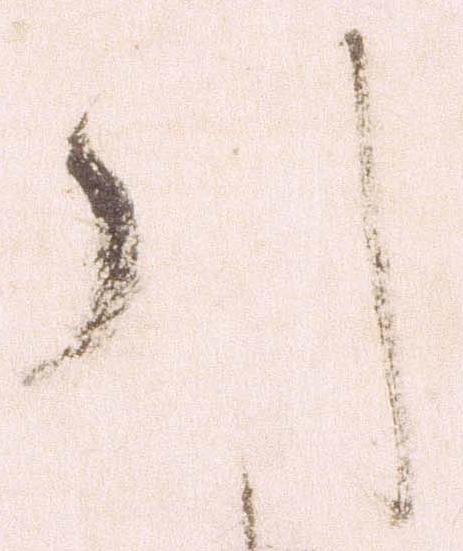
引